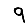
Digit: 9